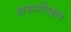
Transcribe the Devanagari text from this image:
अरूणोदय